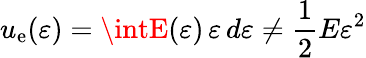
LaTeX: u_{\mathrm{e}}(\varepsilon)=\intE(\varepsilon)\, \varepsilon\, d\varepsilon\neq{\frac{{1}}{{2}}}E\varepsilon^{2}